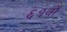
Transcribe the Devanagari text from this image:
६१वाँ